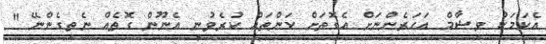
އެކަމަކު ވިޝާމް އަހަރެންނަށް އެގޮތަށް ކަންތައް ކުރެވުނީ އެނޫން ގޮތެއް ނެތިގެންނޭ "